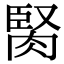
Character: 𦜜